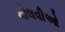
મોલવીઓ